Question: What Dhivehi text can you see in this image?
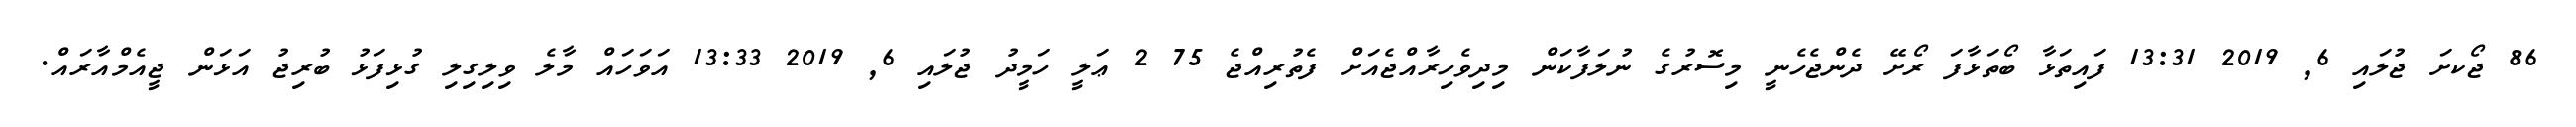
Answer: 86 ޖޯކށަ ޖުލައި 6, 2019 13:31 ފައިތަޅާ ބޯތަޅާފަ ރޯށޭ ދެންޖެހެނީ މިސޮރުގެ ނުލަފާކަން މިދިވެހިރާއްޖެއަށް ފެތުރިއްޖެ 75 2 ޢަލީ ހަމީދު ޖުލައި 6, 2019 13:33 އަވަހައް މާލެ ވިލިގިލި ގުޅިފަޅު ބުރިޖު އަޅަން ޖީއެމްއާރައް.